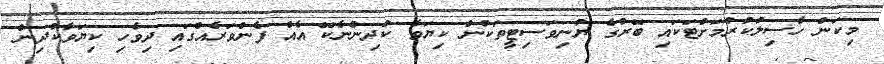
މިކަން ހާސިލުކުރުމަށްޓަކައި ބޭރުގެ ޔުނިވަަސިޓީތަކުން ކިޔަވާ ކުދިންނެކޭ އެއް ފެންވަރެއްގައި ދިވެހި ކިޔަވާކުދިން